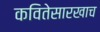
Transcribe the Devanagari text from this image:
कवितेसारखाच